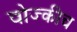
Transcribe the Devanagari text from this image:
वोज्कीच